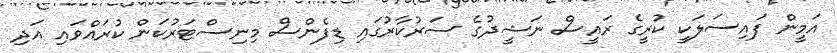
އަމީން ފައިސަލަކީ ކުރީގެ ރައީސް ނަޝީދުގެ ސަރުކާރުގައި ޑިފެންސް މިނިސްޓަރުކަން ކުރައްވައި އަދި